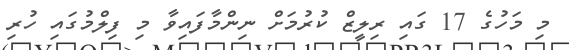
މި މަހުގެ 17 ގައި ރިލީޒް ކުރުމަށް ނިންމާފައިވާ މި ފިލްމުގައި ހުރި